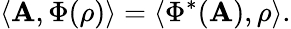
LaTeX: \langle\mathbf{A},\Phi(\rho)\rangle=\langle\Phi^{*}(\mathbf{A}),\rho\rangle.